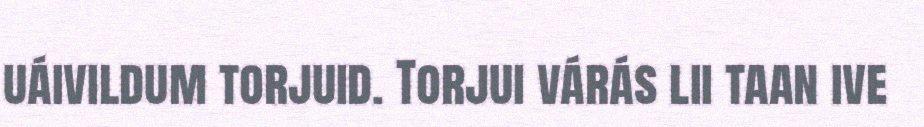
uáivildum torjuid. Torjui várás lii taan ive